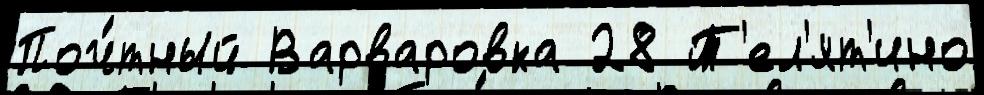
Поч́тный Варваровка 28 Т'ел'ят'ино